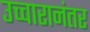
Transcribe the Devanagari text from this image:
उच्चारानंतर